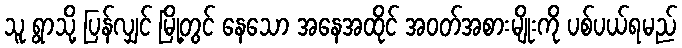
သူ ရွာသို့ ပြန်လျှင် မြို့တွင် နေသော အနေအထိုင် အဝတ်အစားမျိုးကို ပစ်ပယ်ရမည်